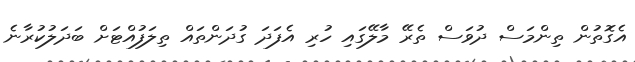
އެގޮތުން ތިންމަސް ދުވަސް ތެރޭ މާލޭގައި ހުރި އެފަދަ ގުދަންތައް ތިލަފުއްޓަށް ބަދަލުކުރާނެ